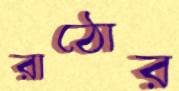
রাঠোর